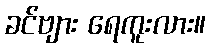
ခင်ဗျား ရေကူးလား။